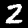
Digit: 2